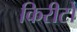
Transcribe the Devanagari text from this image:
किरीटों